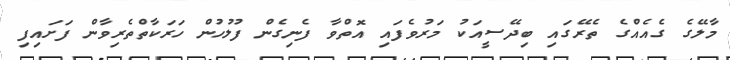
މާލޭގެ ގެއެއްގެ ތެރޭގައި ބިދޭސީއަކު މަރުވެފައި އޮތްވާ ފެނިގެން ފުލުހުން ހަރަކާތްތެރިވާން ފަށައިފި